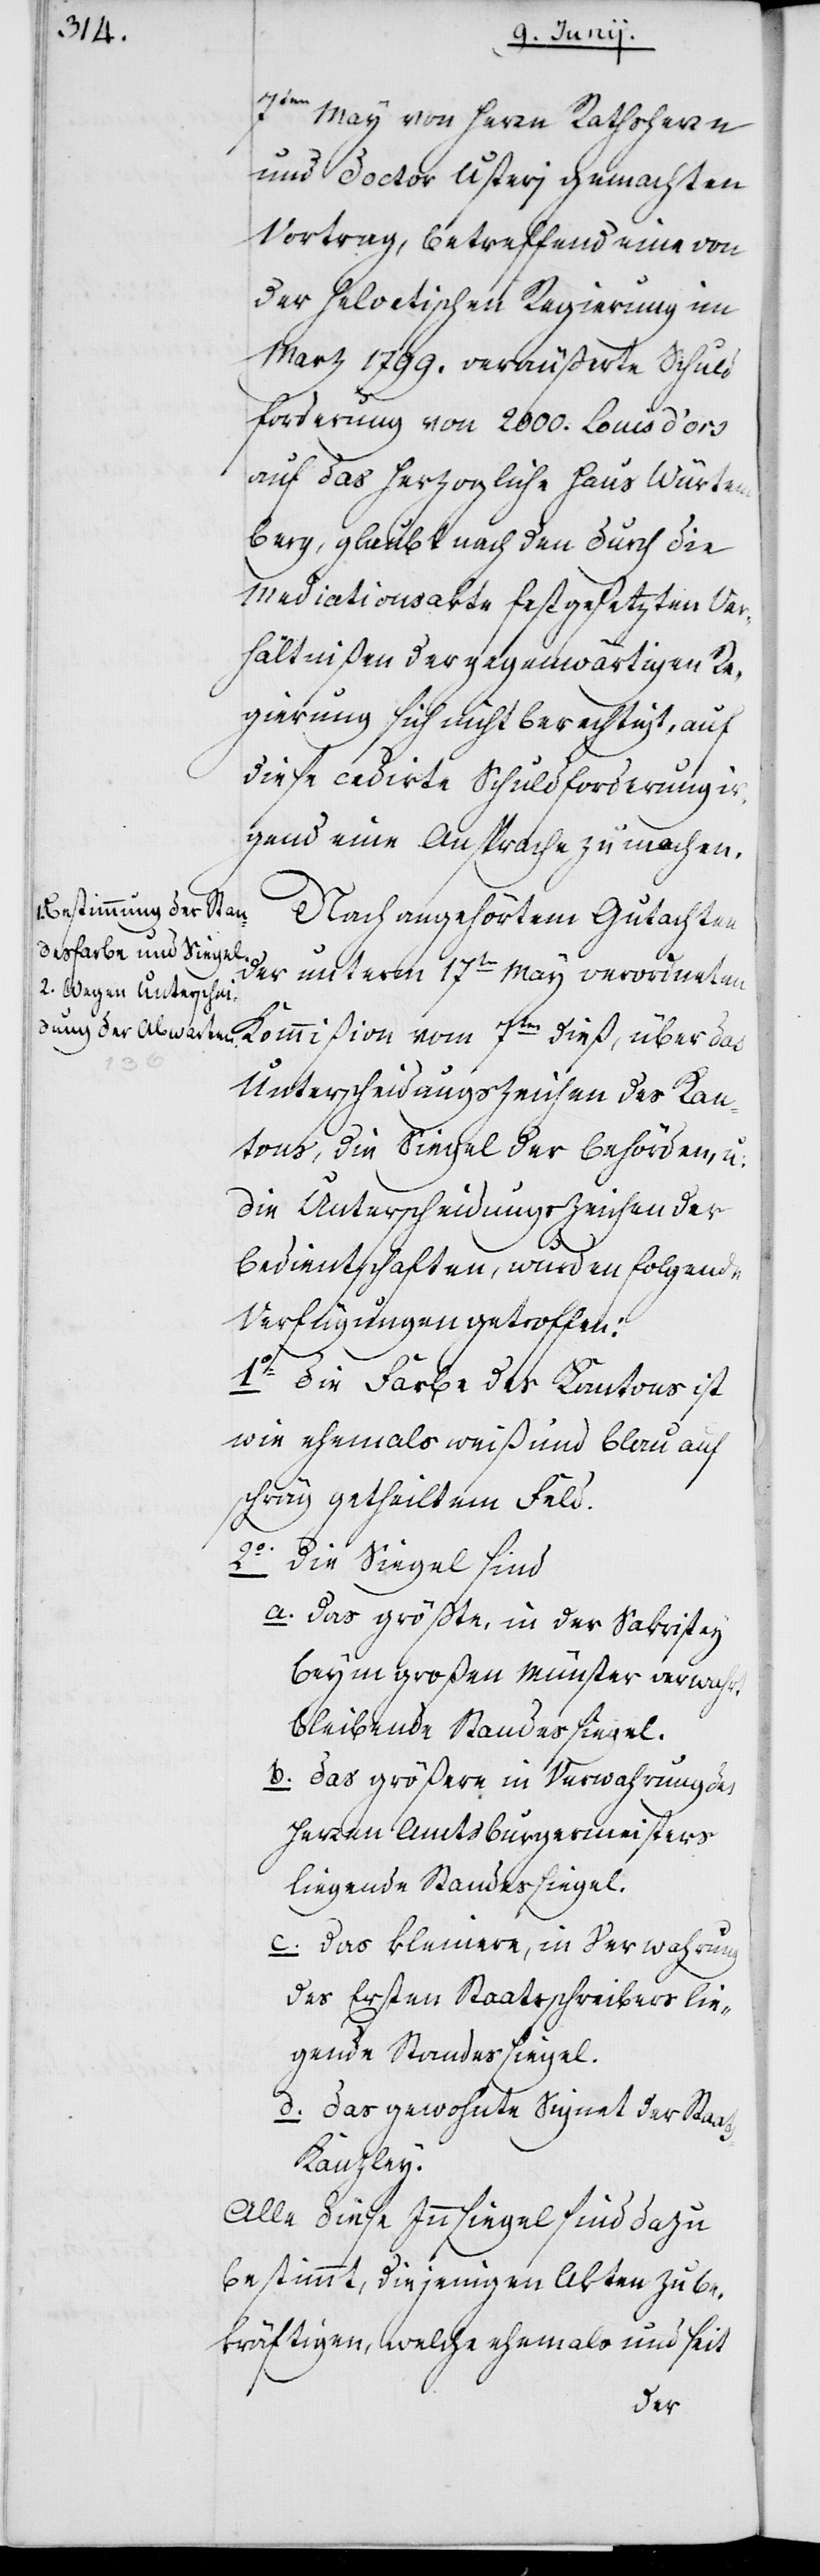
7ten May von Herrn Rathsherrn
und Doctor Usterj gemachten
Vortrag, betreffend eine von
der Helvetischen Regierung im
Marz 1799. veräußerte Schuld¬
forderung von 2000. Louis d’ors
auf das Herzogliche Haus Würte¬
mberg, glaubt nach den durch die
Mediationsakte festgesetzten Ver¬
hältnißen der gegenwärtigen Re¬
gierung sich nicht berechtigt, auf
diese cedirte Schuldforderung ir¬
gend eine Ansprache zu machen.
Nach angehörtem Gutachten
der unterm 17ten May verordneten
Unterscheidungszeichen des Kan¬
tons, die Siegel der Behörden, u:
die Unterscheidungszeichen der
Bedientschaften, wurden folgende
Verfügungen getroffen:
1o. Die Farbe des Kantons ist
wie ehemals weiß und blau auf
schräg geteiltem Feld.
2o. Die Siegel sind
a. das größte, in der Sakristey
beym großen Münster verwahrt
bleibende Standessiegel.
b. das größere in Verwahrung des
Herren Amtsburgermeisters
liegende Standessiegel.
c. das kleinere, in Verwahrung
des Ersten Staatschreibers lie¬
gende Standessiegel.
d. das gewohnte Signet der Staat¬
s-Kanzley.
Alle diese Innsiegel sind dazu
bestimmt, diejenigen Akten zu be¬
kräftigen, welche ehemals und seit
das